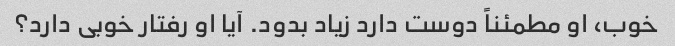
خوب، او مطمئناً دوست دارد زیاد بدود. آیا او رفتار خوبی دارد؟